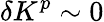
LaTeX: \delta K^{p}\sim 0